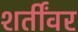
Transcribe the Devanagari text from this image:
शर्तींवर